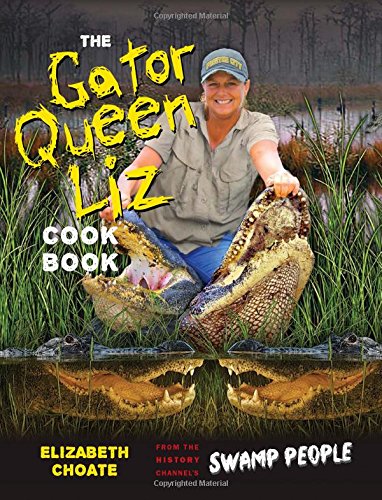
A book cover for Gator Queen Liz Cookbook; Liz Choate; Cookbooks, Food & Wine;